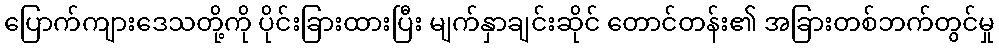
ပြောက်ကျားဒေသတို့ကို ပိုင်းခြားထားပြီး မျက်နှာချင်းဆိုင် တောင်တန်း၏ အခြားတစ်ဘက်တွင်မှု